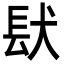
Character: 𮣺